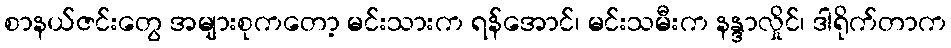
စာနယ်ဇင်းတွေ အများစုကတော့ မင်းသားက ရန်အောင်၊ မင်းသမီးက နန္ဒာလှိုင်၊ ဒါရိုက်တာက